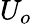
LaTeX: U_{o}